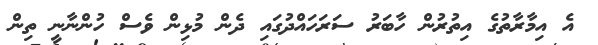
އެ އިމާރާތުގެ އިތުރުން ހާބަރު ސަރަހައްދުގައި ދެން މުޅިން ވެސް ހުންނާނީ ތިން